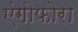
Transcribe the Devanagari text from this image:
एंगोफोरा